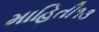
માહિતી૧૩